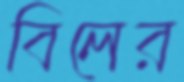
বিলের